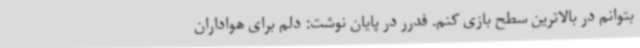
بتوانم در بالاترین سطح بازی کنم. فدرر در پایان نوشت: دلم برای هواداران